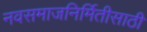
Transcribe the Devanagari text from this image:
नवसमाजनिर्मितीसाठी